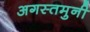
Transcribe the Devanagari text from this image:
अगस्‍तमुनी